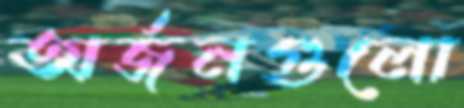
অর্জনগুলো